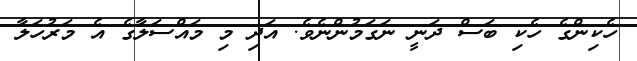
ހެކިންގެ ހެކި ބަސް ދަނީ ނަގަމުންނެވެ. އަދި މި މައްސަލާގެ އެ މަރުހަލާ